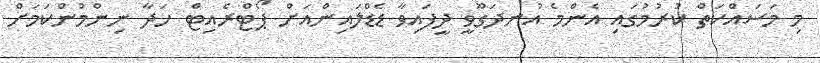
މި މަސައްކަތް ކުރުމުގައި އެންމެ އުނދަގޫވީ ދީފައިވާ ޑެޑްލައިންއަށް ޕޯޓްރެއިޓް ހަދާ ނިންމުންކަމަށް